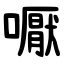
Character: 嚈